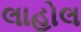
લાહોલ